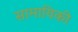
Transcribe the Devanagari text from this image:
सामायिकी